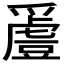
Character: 𬋵